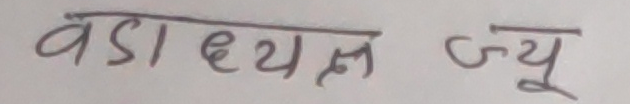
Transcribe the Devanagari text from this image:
बडा व्यस्त ज्यू